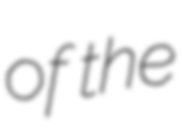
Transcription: of the